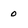
Character: 0